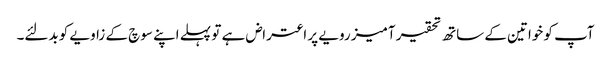
آپ کو خواتین کے ساتھ تحقیر آمیز رویے پر اعتراض ہے تو پہلے اپنے سوچ کے زاویے کو بدلئے۔